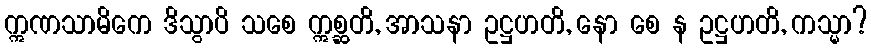
ဣဏသာမိကေ ဒိသွာပိ သစေ ဣစ္ဆတိ, အာသနာ ဥဋ္ဌဟတိ, နော စေ န ဥဋ္ဌဟတိ, ကသ္မာ?